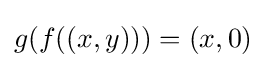
g(f((x,y)))=(x,0)